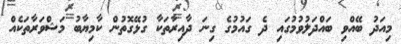
މިއަދު ބޭއްވި ބައްދަލުވުމުގައި ދެ ގައުމުގެ ގިނަ ދާއިރާތަކާ ގުޅޭގޮތުން ކާމިޔާބު މަޝްވަރާތަކެއް